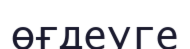
өғдеуге